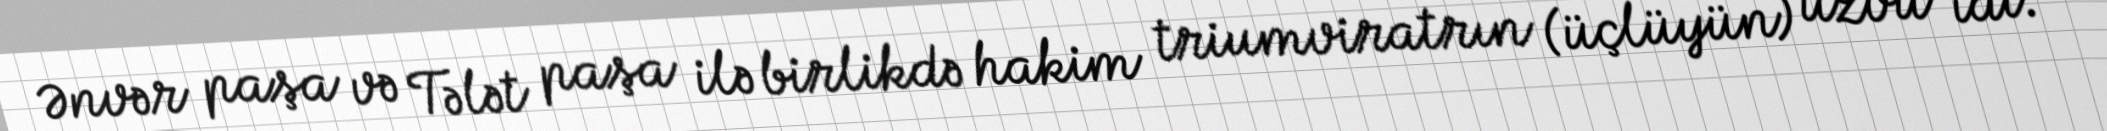
Ənvər paşa və Tələt paşa ilə birlikdə hakim triumviratrın (üçlüyün) üzvü idi.